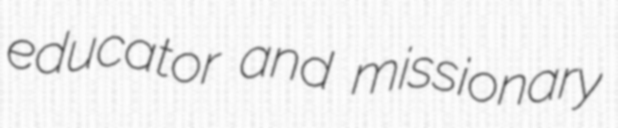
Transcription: educator and missionary